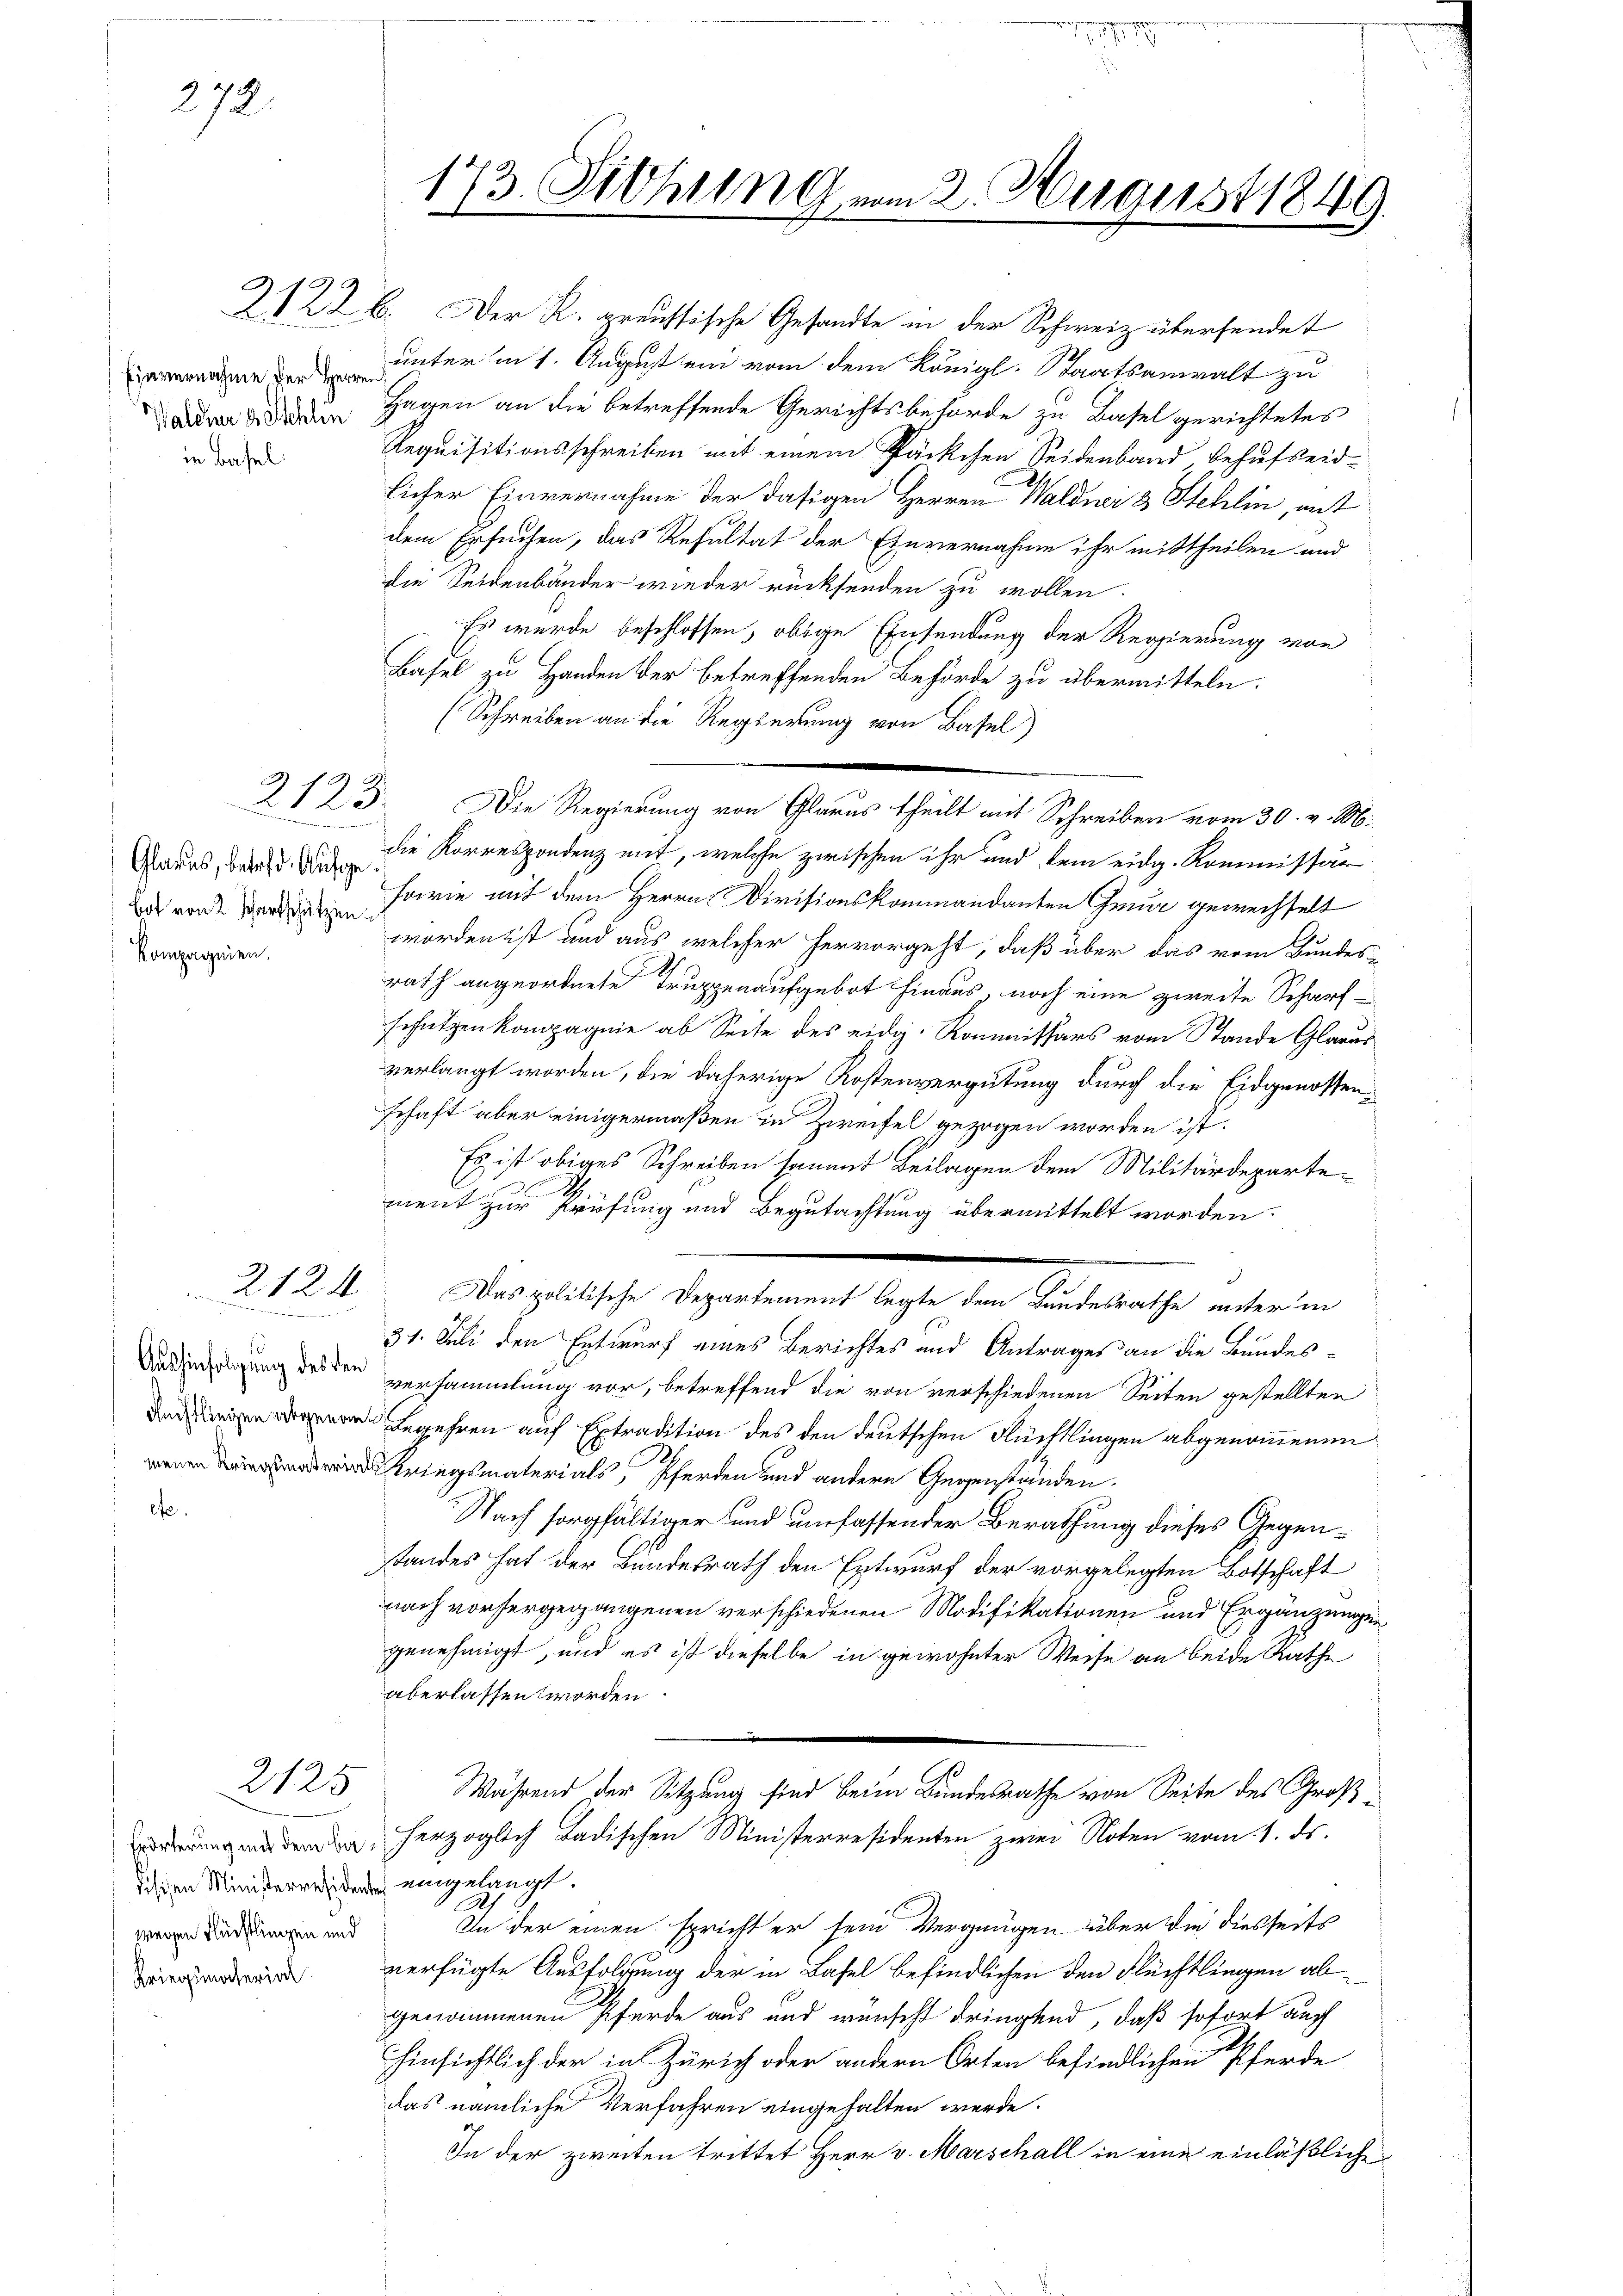
272.

Einvernahme der Herren
in Basel

2
Glarus, betreff. Aufge
Bot von 2 Scharfschützen.
Kompagnien.

2123.

unter in 1. August ein vom dem Königl. Staatsanwalt zu
d Hagen an die betreffende Gerichtsbehörde zu Basel gerichtetes
Requisitionsschreiben mit einem Päckchen Seidenband behufseid-
licher Einvernahme der dasigen Herren Waldwi & Stehlin, mit
dem Ersuchen, das Resultat der Einvernahme ihr mittheilen und
die Seidenbänder wieder rücksenden zu wollen
Es wurde beschlossen, obige Einsendung der Regierung von
Basel zu Handen der betreffenden Behörde zu übermitteln.
(Schreiben an die Regierung von Basel
die Korrespondenz mit, welche zwischen ihr und dem eidg. Kommissär
sowie mit dem Herrn Divisionskommandanten Gmür gewechselt
worden ist und aus welcher hervorgeht, daß über das vom Bundes-
rath angeordnete Truppenaufgebot hinaus, noch eine zweite Scharfschützen kompagnie ab Seite des eidg. Kommissärs vom Stande Glarus
verlangt worden, die daherige Kostenvergütung durch die Eidgenossenschaft aber einigermaßen in Zweifel gezogen worden ist.
Es ist obiges Schreiben sammt Beilagen dem Militärdepartement zur Prüfung und Begutachtung übermittelt worden.
den solche Regeltenen Sache den Antracht ebenen
31. Juli den Entwurf eines Berichtes und Antrages an die Bundesversammlung vor, betreffend die von verschiedenen Seiten gestellten
Begehren auf Extradition des den deutschen Flüchtlingen abgenommenen
Kriegsmaterials, Pferden und andern Gegenständen.
Nach sorgfältiger und umfassender Berathung dieses Gegenstandes hat der Bundesrath den Entwurf der vorgelegten Botschaft
nach vorhergegangenen verschiedenen Modifikationen und Ergänzungen
genehmigt, und es ist dieselbe in gewohnter Weise an beide Rathe
aberlassen worden
Während der Sitzung sind beim Bundesrathe von Seite des Groß
 herzoglich Badischen Ministerresidenten zwei Noten vom 1. ds.
dischen Ministeresidende eingelangt.
In der einen spricht er sein Vergnügen über die diesseits
d verfügte Ausfolgung der in Basel befindlichen den Flüchtlingen abgenommenen Pferde aus und wünscht dringend, daß sofort auch
hinsichtlich der in Zürich oder andern Orten befindlichen Pferde
das nämliche Verfahren eingehalten werde.
In der zweiten trittet Herr v. Marschall in eine einläßliche

2124
2
2

Aushinfolgung des den

2125

wegen Flüchtlingen und

1
73. Siehung vom 2. August 184

2122 b. Der K. preussische Gesandte in der Schweiz übersendet

Die Regierung von Glarus theilt mit Schreiben vom 30. v. M.